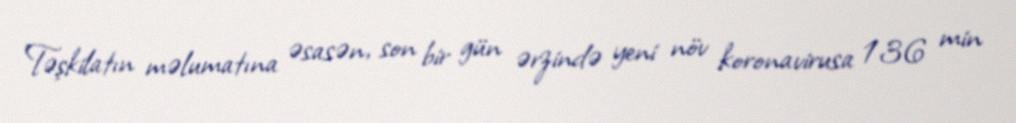
Təşkilatın məlumatına əsasən, son bir gün ərzində yeni növ koronavirusa 136 min